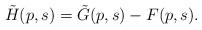
LaTeX: \begin{align*}\tilde H(p,s) = \tilde G(p,s) - F(p,s).\end{align*}